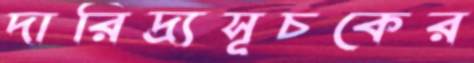
দারিদ্র্যসূচকের